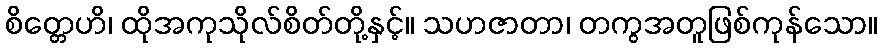
စိတ္တေဟိ၊ ထိုအကုသိုလ်စိတ်တို့နှင့်။ သဟဇာတာ၊ တကွအတူဖြစ်ကုန်သော။